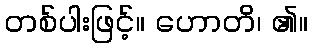
တစ်ပါးဖြင့်။ ဟောတိ၊ ၏။